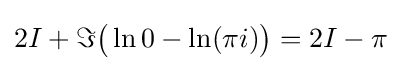
2I+\Im {\big (}\ln 0-\ln(\pi i){\big )}=2I-\pi